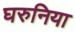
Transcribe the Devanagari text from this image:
घरुनिया